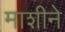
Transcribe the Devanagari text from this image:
माशीने